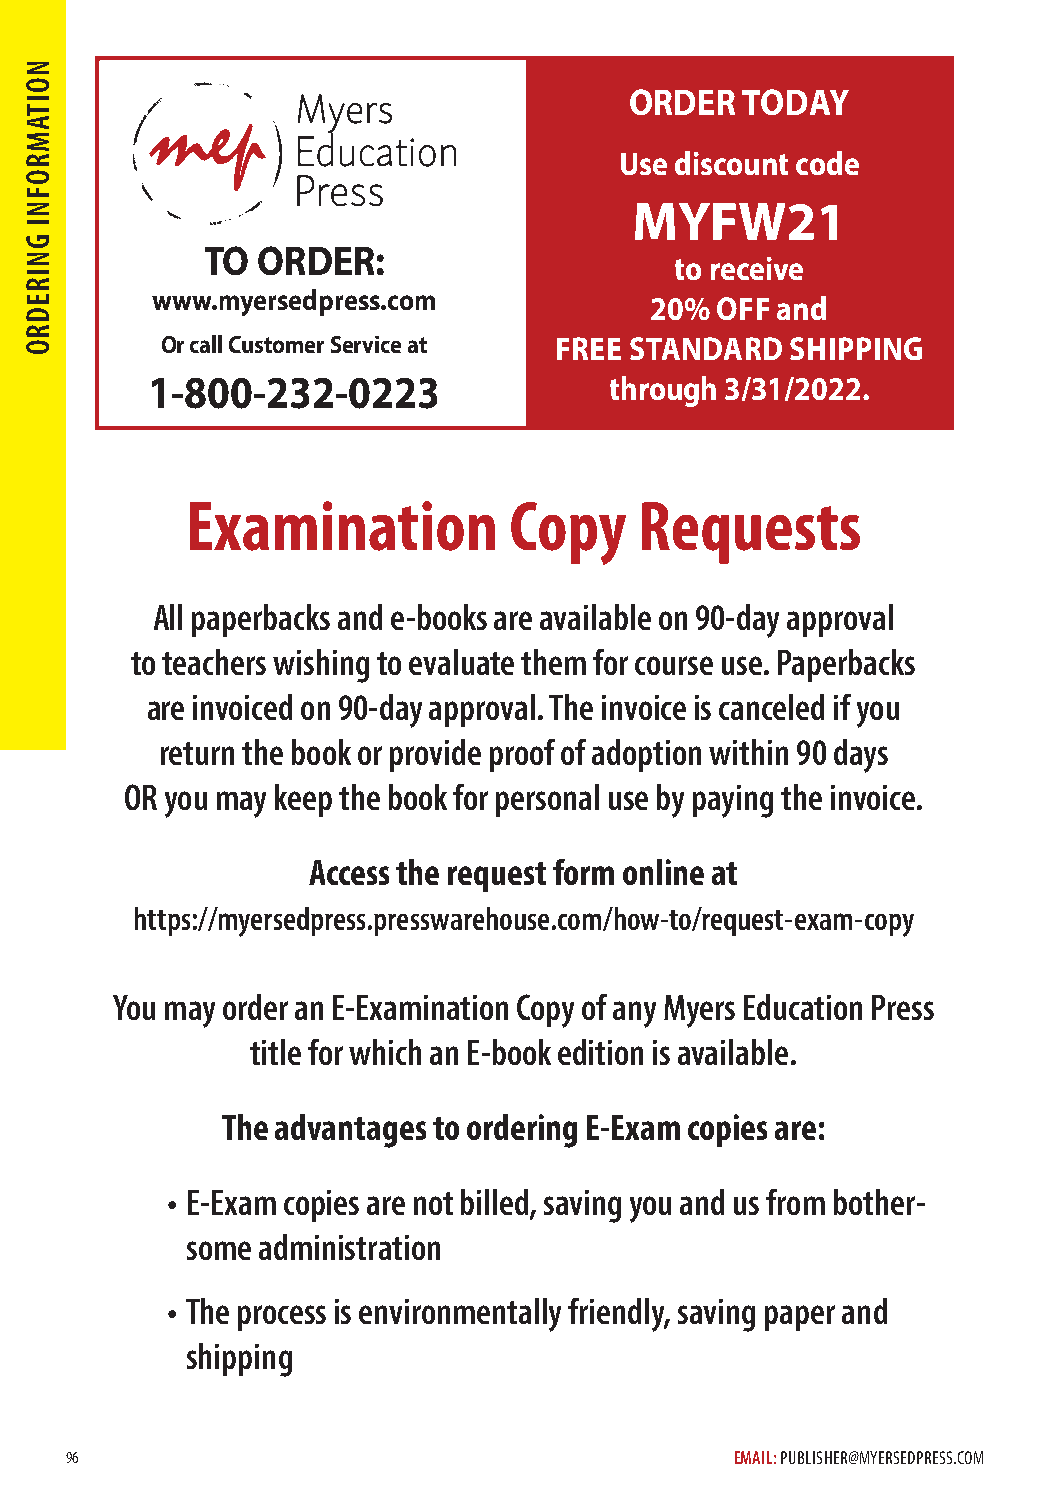
ORDER  TODAY
 Use discount code
 MYFW21
 www.myersedpress.com
 TO  ORDER:
 to receive
 www.myersedpress.com
 20% OFF and
 Or call Customer Service at FREE STANDARD SHIPPING
 1-800-232-0223                through 3/31/2022.
 Examination           Copy    Requests
 All paperbacks and e-books are available on 90-day approval
 to teachers wishing to evaluate them for course use. Paperbacks
 are invoiced on 90-day approval. The invoice is canceled if you
 return the book or provide proof of adoption within 90 days
 OR you may keep the book for personal use by paying the invoice.
 Access the request form online at
 https://myersedpress.presswarehouse.com/how-to/request-exam-copy
 You may order an E-Examination Copy of any Myers Education Press
 title for which an E-book edition is available.
 The advantages to ordering E-Exam copies are:
 • E-Exam copies are not billed, saving you and us from bother-
 some administration
 • The process is environmentally friendly, saving paper and
 shipping
 96                                           EMAIL: PUBLISHER@MYERSEDPRESS.COM
 NOITAMROFNI
 GNIREDRO